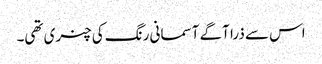
اس سے ذرا آگے آسمانی رنگ کی چنری تھی۔